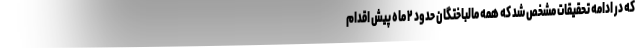
که در ادامه تحقیقات مشخص شد که همه مالباختگان حدود ۲ ماه پیش اقدام